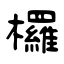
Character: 欏